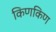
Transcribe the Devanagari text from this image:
किणकिण